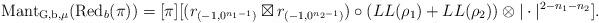
LaTeX: \begin{align*}\mathrm{Mant_{G,b,\mu}}(\mathrm{Red}_b(\pi))=[\pi][(r_{(-1,0^{n_1-1})} \boxtimes r_{(-1,0^{n_2-1})}) \circ (LL(\rho_1) + LL(\rho_2)) \otimes | \cdot |^{2-n_1-n_2}].\end{align*}